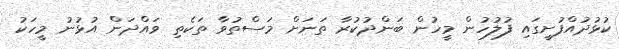
ކުޅުދުއްފުށީގައި ފުލުހުން މީހުން ބަންދުކުރާ ތަނަށް މަސްތުވާ ތަކެތި ވައްދަން އުޅުނު މީހަކު